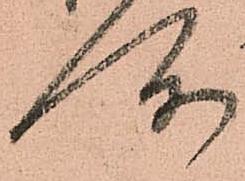
所